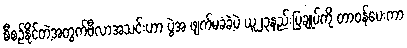
စီစဥ်နိုင်တဲ့အတွက်ဗီလာအသင်းဟာ ပွဲအ ဖျက်မခံခဲ့ပဲ ယူ၂၃နည်းပြချုပ်ကို တာဝန်ပေးကာ